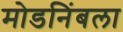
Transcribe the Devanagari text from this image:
मोडनिंबला